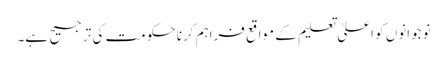
نوجوانوں کو اعلیٰ تعلیم کے مواقع فراہم کرنا حکومت کی ترجیح ہے۔